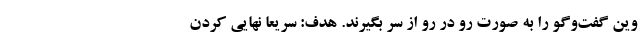
وین گفت‌وگو را به صورت رو در رو از سر بگیرند. هدف: سریعا نهایی کردن